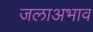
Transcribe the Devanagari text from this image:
जलाअभाव